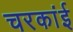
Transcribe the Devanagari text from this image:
चरकांई